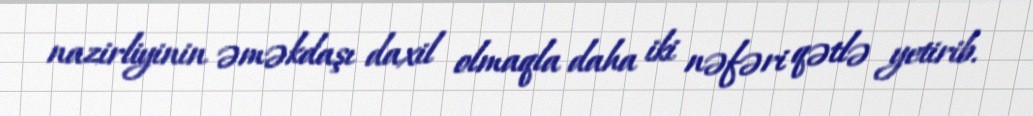
nazirliyinin əməkdaşı daxil olmaqla daha iki nəfəri qətlə yetirib.